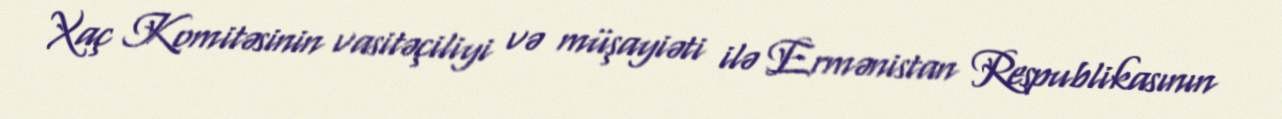
Xaç Komitəsinin vasitəçiliyi və müşayiəti ilə Ermənistan Respublikasının